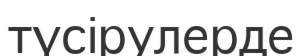
түсірулерде